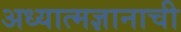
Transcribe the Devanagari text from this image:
अध्यात्मज्ञानाची